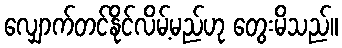
လျှောက်တင်နိုင်လိမ့်မည်ဟု တွေးမိသည်။